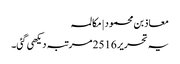
معاذ بن محمود | مکالمہ
یہ تحریر 2516 مرتبہ دیکھی گئی۔